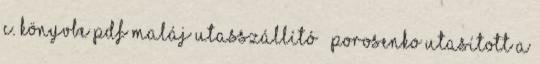
c. könyvbe PDF Maláj utasszállító – Porosenko utasított a